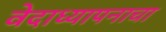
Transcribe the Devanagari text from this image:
वेदाध्यापनाचा